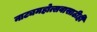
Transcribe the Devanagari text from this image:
नाट्यमहोत्सवासाठीही